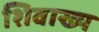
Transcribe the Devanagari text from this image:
शिवाख्य